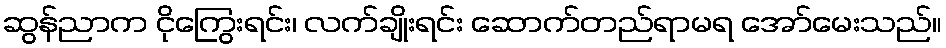
ဆွန်ညာက ငိုကြွေးရင်း၊ လက်ချိုးရင်း ဆောက်တည်ရာမရ အော်မေးသည်။